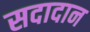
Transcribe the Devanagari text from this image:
सदादान